system: You are a helpful assistant.
user:
Analyze the provided spectrum to determine if it is a **S-type Star**.

- **Key Indicators for S-type Star:**

    - **(Overall Spectrum Shape):** The first and most obvious characteristic is the overall continuum (the "baseline" shape). It is **extremely "red-sloping,"** meaning the flux (light intensity) is very low on the left side (blue, ~4000-4500 Å) and rises steeply and continuously toward the right side (red, ~7000 Å+).

    - **(Primary):** The spectrum is defined by the presence of strong, broad molecular absorption "valleys" (bands) from **Zirconium Oxide (ZrO)**. The identification of these bands is the **primary requirement** for classifying a star as S-type.
        - **(Key Bandheads):** You must find distinct, deep "dips" where the light has been absorbed. The most critical band systems to locate are:
            - **~6474 Å** ($\gamma$-system): This is often the strongest and clearest ZrO feature, found in the red part of the spectrum.
            - **~5718 Å** & **~5551 Å** ($\beta$-system): A pair of prominent absorption features in the yellow-orange part of the spectrum.
            - **~4640 Å** ($\alpha$-system): A key absorption band system in the blue-green region of the spectrum.

    - **(Secondary Confirmation):** The classification is strengthened by finding additional absorption bands from other related heavy element oxides, which are expected to be present alongside ZrO.
        - **(Key Bandheads):**
            - **Yttrium Oxide (YO):** Look for absorption dips near **~4800 Å** and **~6100 Å**.
            - **Lanthanum Oxide (LaO):** Additional absorption features, particularly in the red-orange part of the spectrum, are also characteristic.

    - **(Line Profile):** The combination of the steep red continuum and these numerous, deep molecular bands (ZrO, YO, etc.) gives the entire spectrum a very **"chopped-up"** or **"bumpy"** appearance. Instead of a smooth curve, the spectrum looks as though large, wide chunks of light have been "carved out" of it at the specific wavelengths listed above.

Think first, call **spectral_visualization_tool** if needed to examine features in detail, then provide your final answer. Your response must adhere to the following strict rules:
1.  **Overall Structure:** Your response must follow the format `<think>...</think> <tool_call>...</tool_call> (if a tool is used) <answer>...</answer>`.
2.  **Tool Usage Constraint:** You may only make **one** tool call per turn.
3.  **Final Answer Format:** In the `<answer>` tag, your conclusion must be inside a `\boxed{}` command (e.g., `\boxed{YES}` or `\boxed{NO}`), followed by your justification.

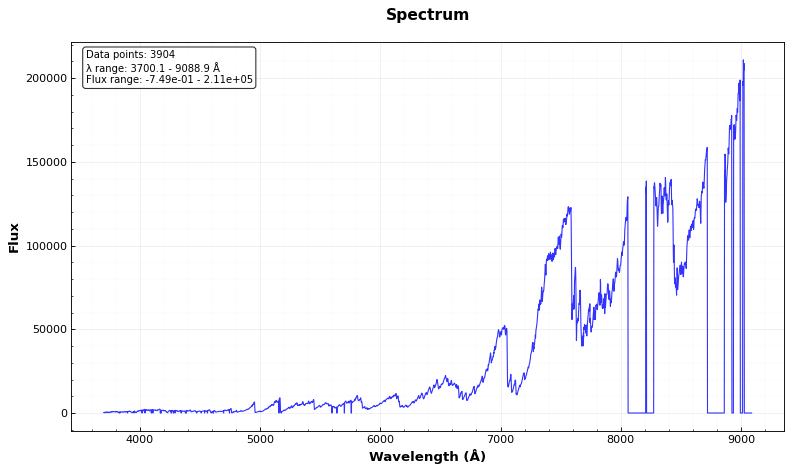
Answer: YES